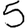
Digit: 5